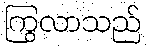
ကြွလာသည်